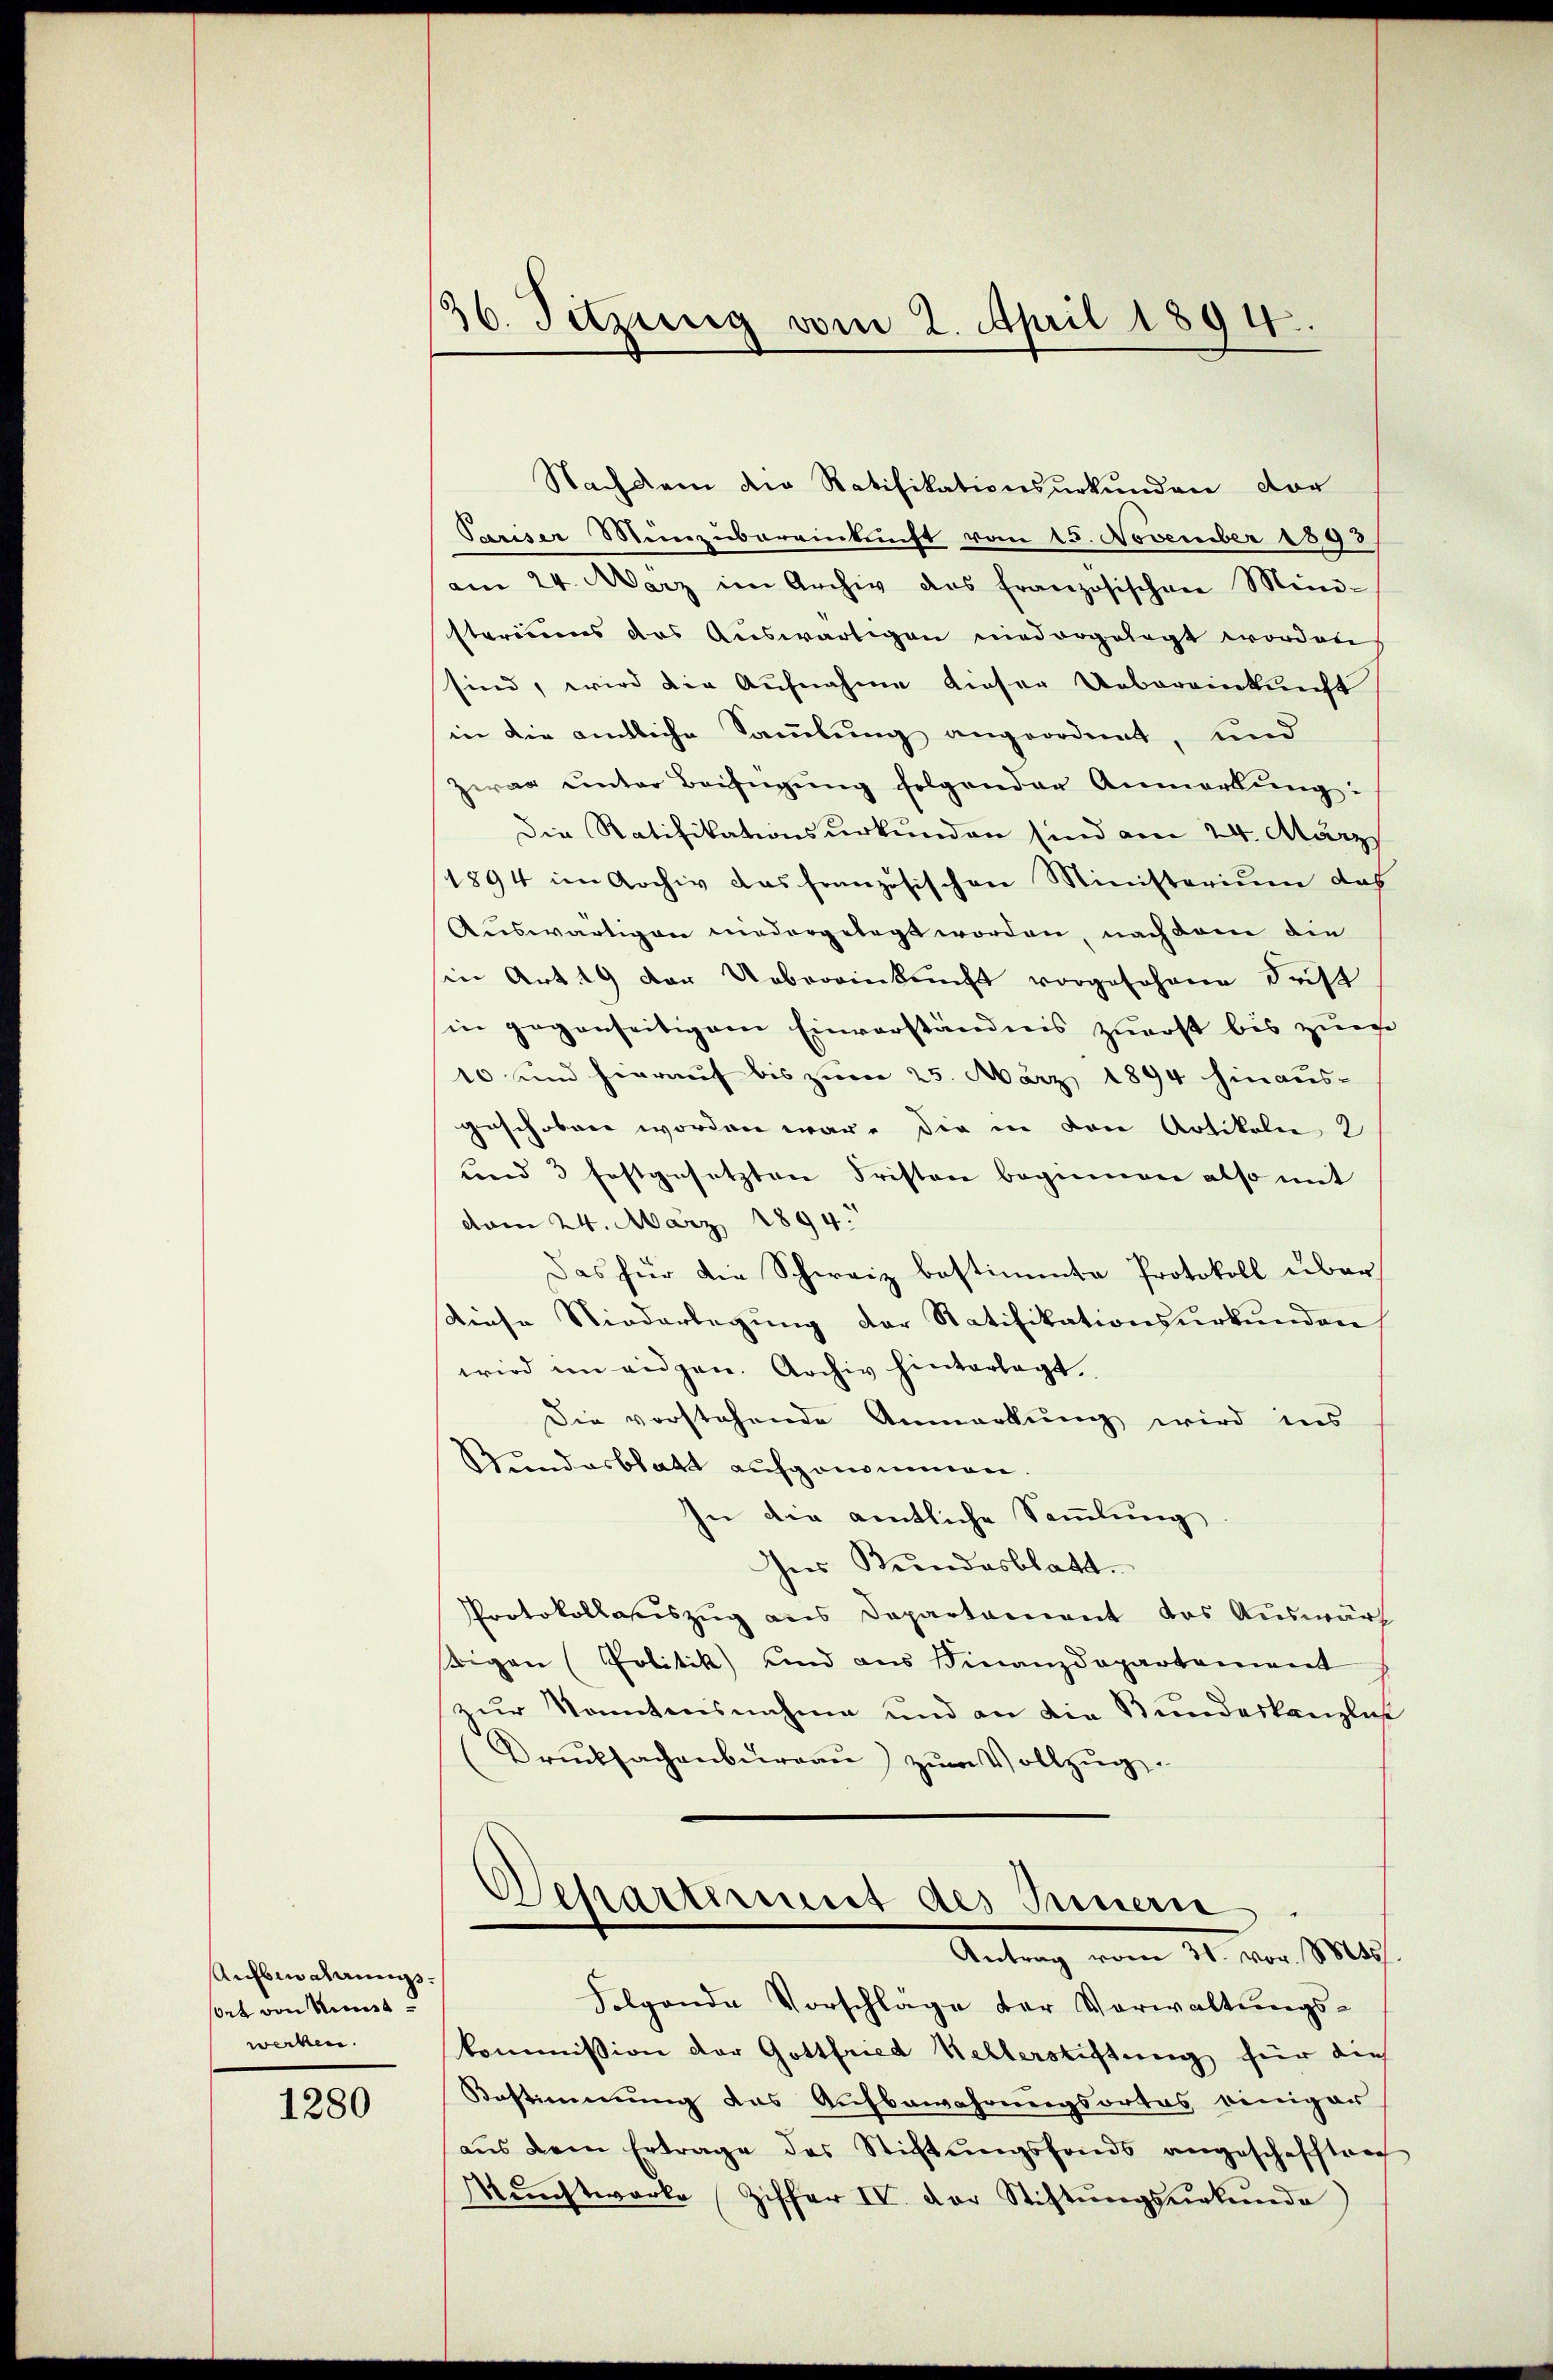
Aufbindungssort von Mit
werken.

1280

16. Setzung vom 2. April 1894.

Nachdem der Ratifikationsurkunden vor
Sariser Münzubereinkunft vom 15. November 1893
am 24. März im Archiv das französischen Mini-
steriums das Auswärtigen niedergelegt worden.
sind, wird die Aufnahme dieser Uebereinkunft
in die amtliche Sammlung angeordnet, und
zwag ŭnter Beifügŭng folgender Anmerkŭng:
Die Ratifikationsurkunden sind am 24. März
1894 im Archiv das französischen Ministerium dah
Auswärtigen niedergelegt worden, nach dem die
in Art. 19 der Uebereinkunft vorgesehene Frist
in gegenseitigem Einverständnis zuerst bis zure
10 und hierauf bis zum 25. März 1894 hinaus-
geschoben worden war. Die in von Artikeln 2
und 3 festgesetzten Fristen beginnen also mit
dom 24. März 1894.
Das für die Schweiz bestimmte Protokoll über
Riese Niederlegŭng der Ratifikationsŭrkŭnden
wird im eidgen. Archiv hinterlegt.
Die vorstehende Anmerkung wird ins
Stundesblatt aufgenommen.
In die amtliche Sammlung
Ins Bundesblatt.
Protokollauszug aus Departament das Auswärt
tigen (Politik und aus Finanzdepartement
zur Kenntnisnahme und an die Bundeskanzlich
Drucksachenburgau) zum Vollzug.
Schartiment des Innern
Antrag vom 31. vor. Mts.
Folgende Vorschlage der Vorwaltungskommission der Gottfried Kellerstiftung für dies
Bestimmung das Aufbewahrungsortes einiger
aŭs dem Ertrage des Stichtŭngsfonds angeschafften
Mŭnstwerke Ziffer IV. der Stiftŭngsŭrkŭnde